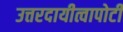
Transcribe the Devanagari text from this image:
उत्तरदायीत्वापोटी